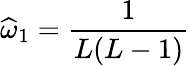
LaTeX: \widehat{\omega}_{1}=\frac{1}{L(L-1)}